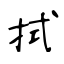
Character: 拭